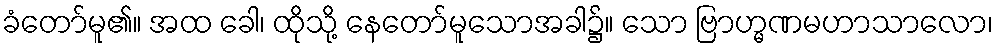
ခံတော်မူ၏။ အထ ခေါ၊ ထိုသို့ နေတော်မူသောအခါ၌။ သော ဗြာဟ္မဏမဟာသာလော၊